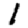
Digit: 1